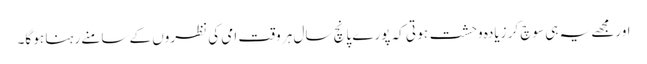
اورمجھے یہ ہی سوچ کر زیادہ وحشت ہو تی کہ پورے پانچ سال ہر وقت امی کی نظروں کے سامنے رہنا ہو گا۔